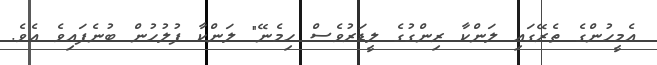
އެމީހުންގެ ތެރޭގައި ލަންކާ ރިންގުގެ ލީޑަރުވެސް ހިމެނޭ" ލަންކާ ފުލުހުން ބުނެފައިވެ އެވެ.